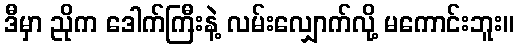
ဒီမှာ ညိုက ဒေါက်ကြီးနဲ့ လမ်းလျှောက်လို့ မကောင်းဘူး။